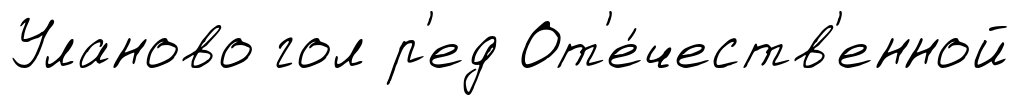
Уланово гол р'ед От'е́честв'енной